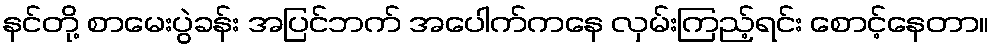
နင်တို့ စာမေးပွဲခန်း အပြင်ဘက် အပေါက်ကနေ လှမ်းကြည့်ရင်း စောင့်နေတာ။